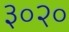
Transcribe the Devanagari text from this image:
३०२०